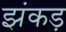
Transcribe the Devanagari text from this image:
झंकड़